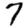
Digit: 7